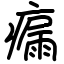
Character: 瘺